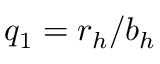
q _ { 1 } = r _ { h } / b _ { h }